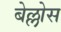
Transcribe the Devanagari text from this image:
बेल्लोस